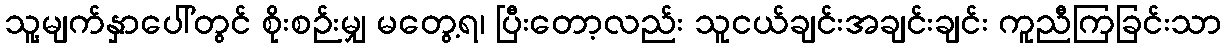
သူ့မျက်နှာပေါ်တွင် စိုးစဉ်းမျှ မတွေ့ရ၊ ပြီးတော့လည်း သူငယ်ချင်းအချင်းချင်း ကူညီကြခြင်းသာ